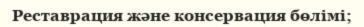
Реставрация және консервация бөлімі;